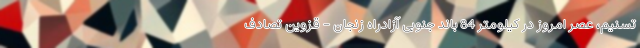
تسنیم، عصر امروز در کیلومتر 84 باند جنوبی آزادراه زنجان - قزوین تصادف